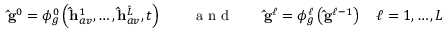
\mathbf { \hat { g } } ^ { 0 } = \phi _ { g } ^ { 0 } \left( \mathbf { \hat { h } } _ { a v } ^ { 1 } , \dots , \mathbf { \hat { h } } _ { a v } ^ { \hat { L } } , t \right) \qquad \mathrm { ~ a ~ n ~ d ~ } \qquad \mathbf { \hat { g } } ^ { \ell } = \phi _ { g } ^ { \ell } \left( \mathbf { \hat { g } } ^ { \ell - 1 } \right) \quad \ell = 1 , \dots , L